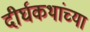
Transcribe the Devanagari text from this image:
दीर्घकथांच्या